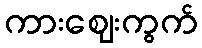
ကားဈေးကွက်